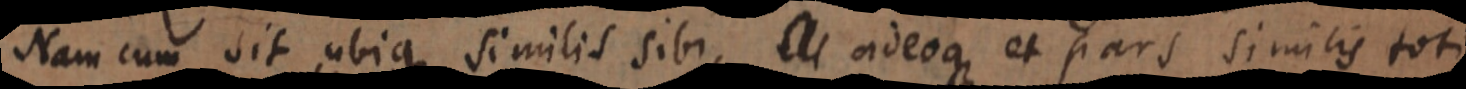
Nam cum sit ubique similis sibi, _ adeoque et pars similis toti